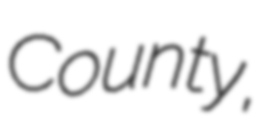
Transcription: County,